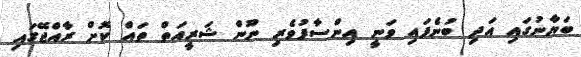
ބަޔާނުގައި އަދި ބުނެފައި ވަނީ އިންސާފުވެރި ނޫން ޝަރީއަތް ތައް ކޮށް ރާއްޖޭގައި